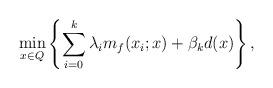
LaTeX: \begin{align*}\min_{x \in Q}\left\{\sum_{i=0}^k\lambda_im_f(x_i;x)+\beta_kd(x)\right\},\end{align*}